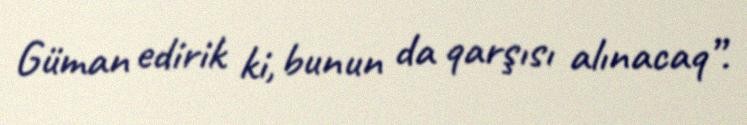
Güman edirik ki, bunun da qarşısı alınacaq”.